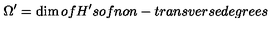
\Omega ^ { \prime } = \dim o f H ^ { \prime } s o f n o n - t r a n s v e r s e d e g r e e s